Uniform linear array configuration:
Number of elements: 4
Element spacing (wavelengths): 0.5
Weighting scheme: blackman
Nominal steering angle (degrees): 30
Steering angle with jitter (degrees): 29.766
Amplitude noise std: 0.05
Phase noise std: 0.05

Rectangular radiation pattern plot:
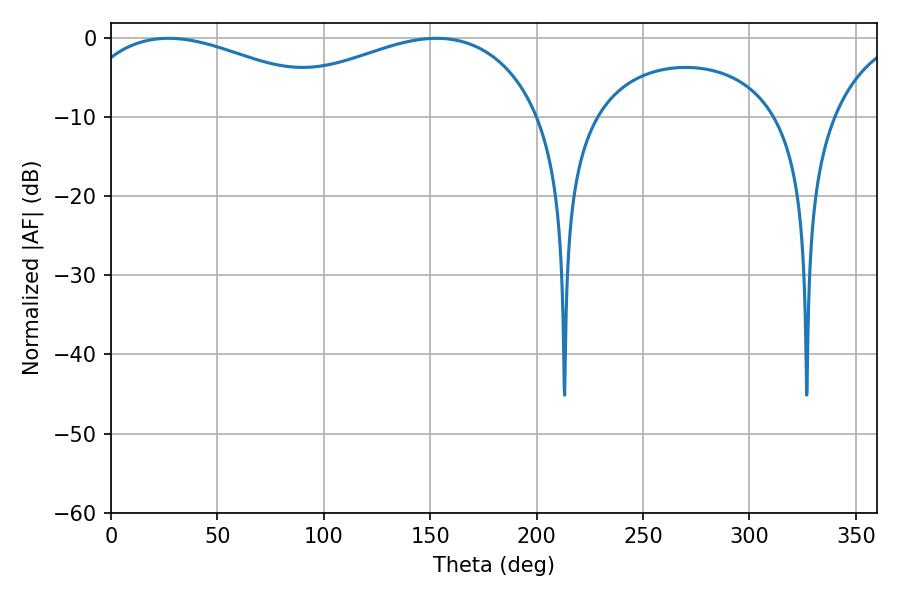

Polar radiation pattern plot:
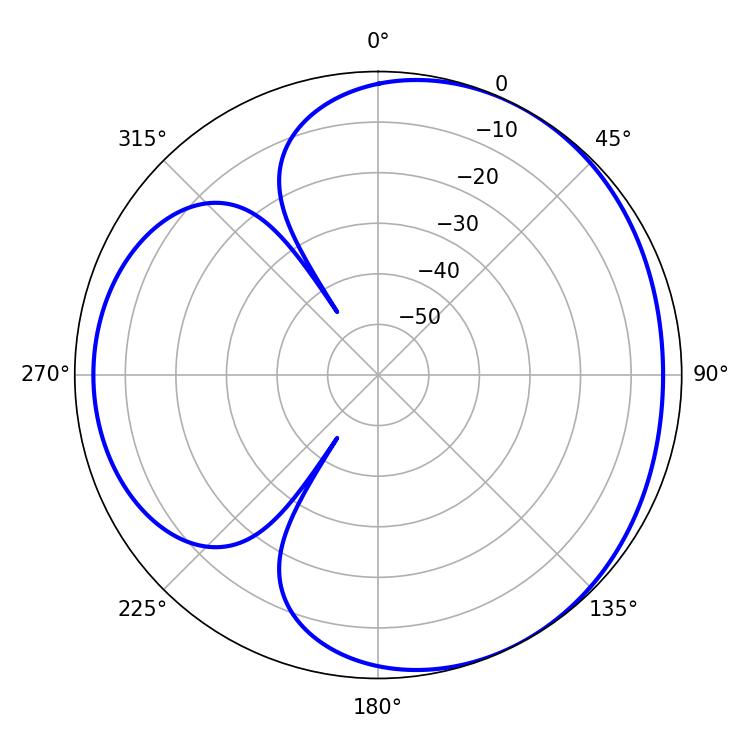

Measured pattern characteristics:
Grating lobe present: FALSE
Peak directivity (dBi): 3.541
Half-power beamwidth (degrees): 72.54
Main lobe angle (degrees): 27